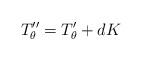
LaTeX: \begin{align*}T''_\theta=T'_\theta+dK\end{align*}